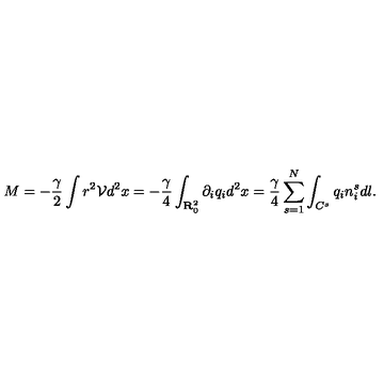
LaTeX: M = - \frac { \gamma } { 2 } \int r ^ { 2 } { \mathcal { V } } d ^ { 2 } x = - \frac { \gamma } { 4 } \int _ { { \bf { R } } _ { 0 } ^ { 2 } } \partial _ { i } q _ { i } d ^ { 2 } x = \frac { \gamma } { 4 } \sum _ { s = 1 } ^ { N } \int _ { C ^ { s } } q _ { i } n _ { i } ^ { s } d l .